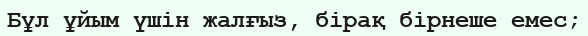
Бұл ұйым үшін жалғыз, бірақ бірнеше емес;